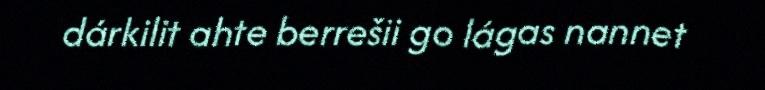
dárkilit ahte berrešii go lágas nannet